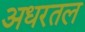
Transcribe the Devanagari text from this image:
अधरतल